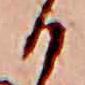
ひ